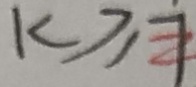
k \geq 7